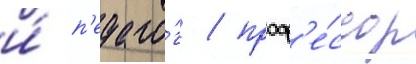
и́ п'едаго́г / проф'е́ссор